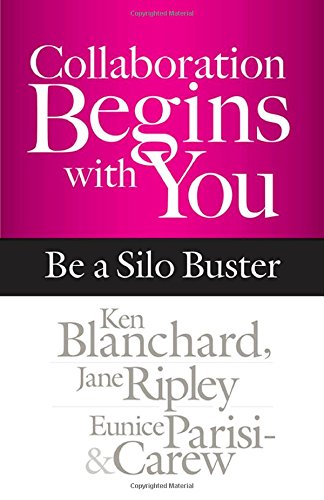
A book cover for Collaboration Begins with You: Be a Silo Buster; Ken Blanchard; Business & Money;